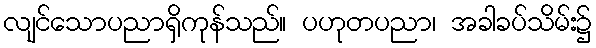
လျင်သောပညာရှိကုန်သည်။ ပဟုတပညာ၊ အခါခပ်သိမ်း၌